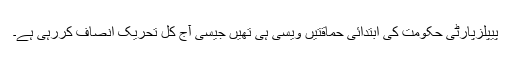
پیپلزپارٹی حکومت کی ابتدائی حماقتیں ویسی ہی تھیں جیسی آج کل تحریک انصاف کررہی ہے۔